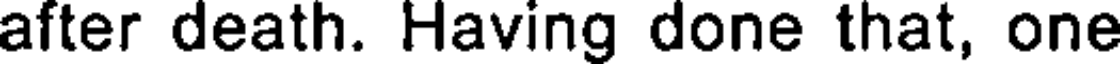
after death. Having done that, one